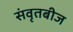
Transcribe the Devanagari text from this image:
संवृतबीज